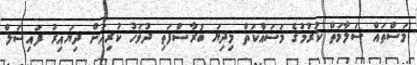
މަސްތައް ސަލާމަތް ކުރުމުުގެ މަސައްކަތް މިދިޔަ ބުރާސްފަތި ދުވަހު ކުރިއަށް ދިޔައިރު ފައިސަލް